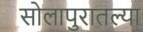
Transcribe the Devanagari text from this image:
सोलापुरातल्या